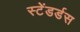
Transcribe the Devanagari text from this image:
स्टेंडर्डस